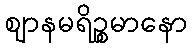
ဈာနမရိဉ္စမာနော